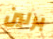
برلين